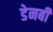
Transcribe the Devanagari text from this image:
डेनबी